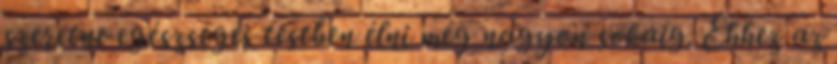
szeretne egészséges testben élni még nagyon sokáig. Ehhez az